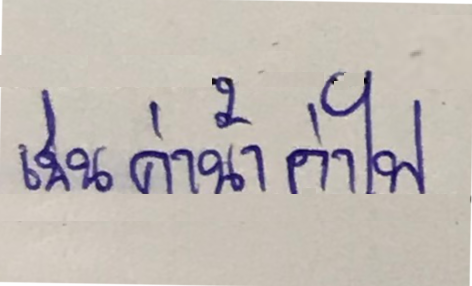
เช่นค่าน้ำค่าไฟ